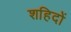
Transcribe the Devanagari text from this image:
शहिदों